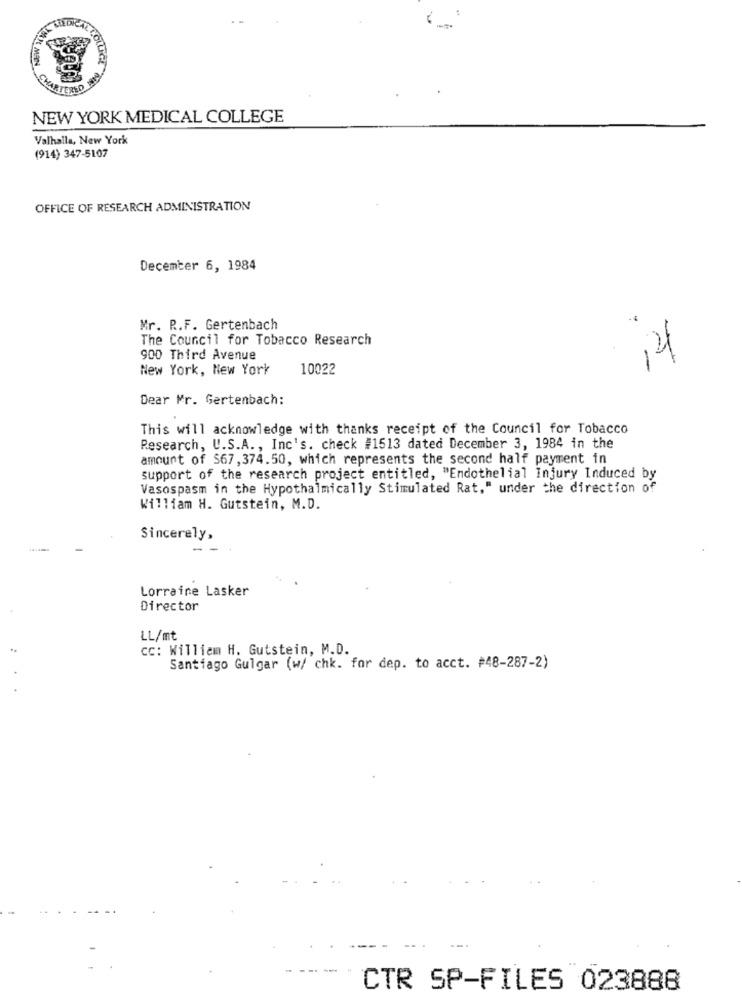
-
NEW YORK MEDICAL COLLEGE
Valhalla, New York
(914) 347-5107
OFFICE OF RESEARCH ADMINISTRATION
December 6, 1984
Mr. R .. F. Gertenbach
The Council for Tobacco Research
900 Third Avenue
14
New York, New York
10022
Dear Mr. Gertenbach:
This will acknowledge with thanks receipt of the Council for Tobacco
Research, U.S.A ., Inc's. check #1513 dated December 3, 1984 in the
amount of $67, 374.50, which represents the second half payment in
support of the research project entitled, "Endothelial Injury Induced by
Vasospasm in the Hypothalmically Stimulated Rat." under the direction of
William H. Gutstein, M.D.
Sincerely,
Lorraine Lasker
Director
LL/mt
CC: William H. Gutstein, M.D.
Santiago Gulgar (w/ chk. for dep. to acct. #48-287-2)
----
CTR SP-FILES 023888